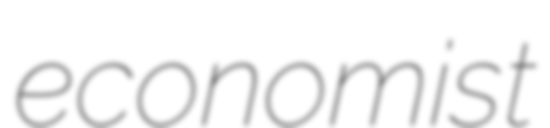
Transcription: economist